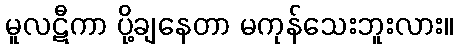
မူလဋီကာ ပို့ချနေတာ မကုန်သေးဘူးလား။